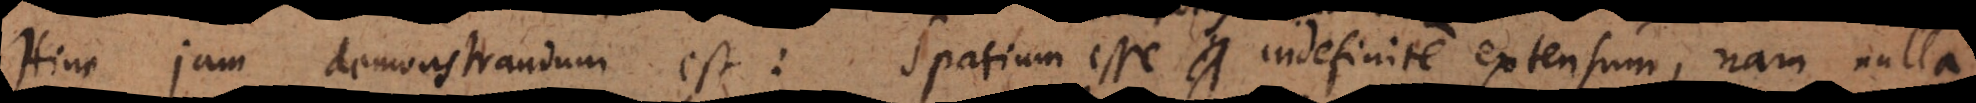
Hinc jam demonstrandum est: Spatium esse indefinite extensum, nam nulla